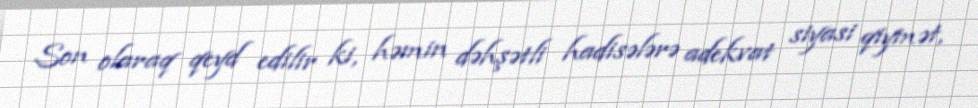
Son olaraq qeyd edilir ki, həmin dəhşətli hadisələrə adekvat siyasi qiymət,